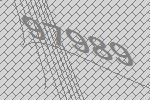
97989